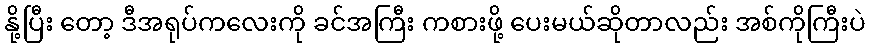
နို့ပြီး တော့ ဒီအရုပ်ကလေးကို ခင်အကြီး ကစားဖို့ ပေးမယ်ဆိုတာလည်း အစ်ကိုကြီးပဲ